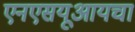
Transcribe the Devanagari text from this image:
एनएसयूआयचा